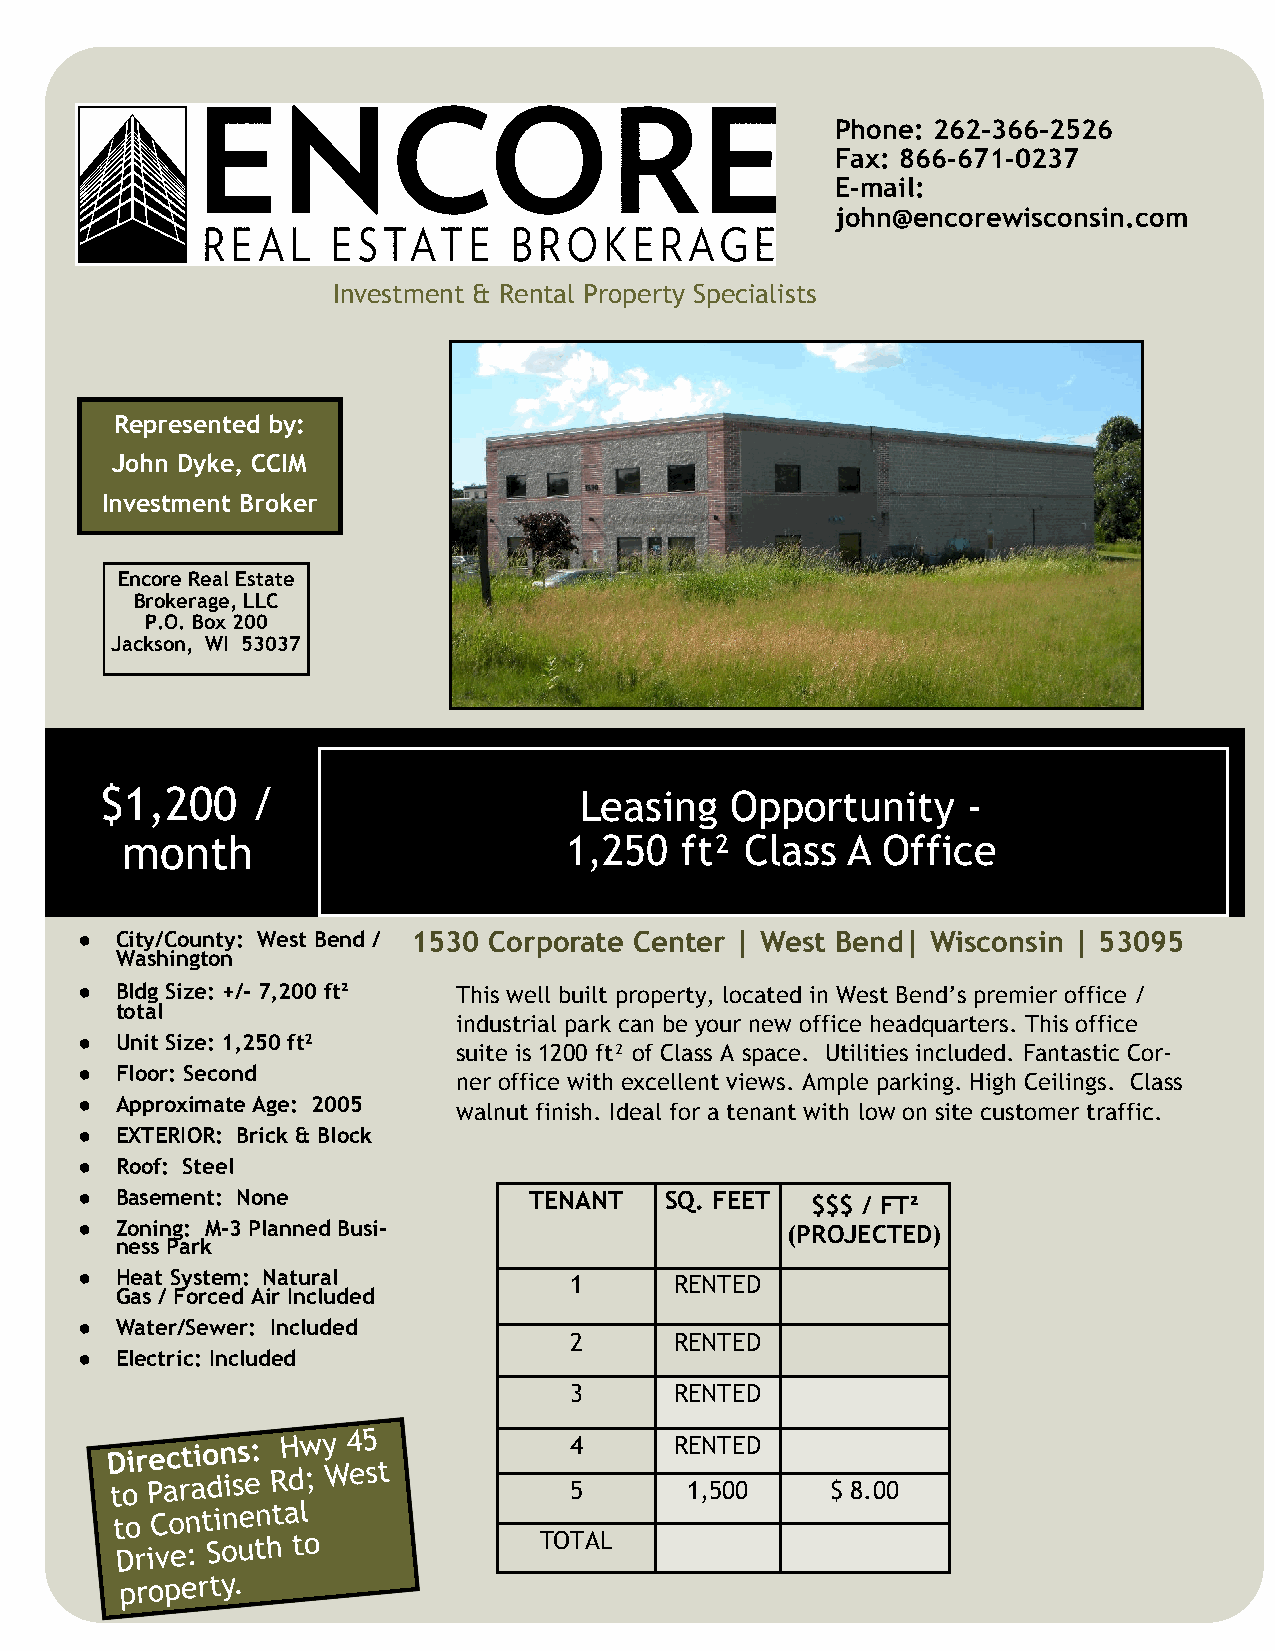
Phone: 262-366-2526
 Fax: 866-671-0237
 E-mail:
 john@encorewisconsin.com
 Investment & Rental Property Specialists
 Represented by:
 John Dyke, CCIM
 Investment Broker
 Encore Real Estate
 Brokerage, LLC
 P.O. Box 200
 Jackson, WI 53037
 $1,200    /                    Leasing   Opportunity     -
 month                        1,250   ft² Class  A Office
 ●  City/County: West Bend / 1530 Corporate Center | West Bend| Wisconsin | 53095
 Washington
 ●  Bldg Size: +/- 7,200 ft² This well built property, located in West Bend’s premier office /
 total
 industrial park can be your new office headquarters. This office
 ●  Unit Size: 1,250 ft²
 suite is 1200 ft² of Class A space. Utilities included. Fantastic Cor-
 ●  Floor: Second
 ner office with excellent views. Ample parking. High Ceilings. Class
 ●  Approximate Age: 2005
 walnut finish. Ideal for a tenant with low on site customer traffic.
 ●  EXTERIOR: Brick & Block
 ●  Roof: Steel
 ●  Basement: None             TENANT   SQ. FEET  $$$ / FT²
 ●  Zoning: M-3 Planned Busi-                   (PROJECTED)
 ness Park
 ●  Heat System: Natural          1      RENTED
 Gas / Forced Air Included
 ●  Water/Sewer: Included
 2      RENTED
 ●  Electric: Included
 3      RENTED
 4      RENTED
 5      1,500     $ 8.00
 TOTAL